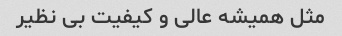
مثل همیشه عالی و کیفیت بی نظیر